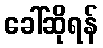
ခေါ်ဆိုရန်